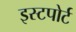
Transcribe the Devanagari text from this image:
इस्टपोर्ट